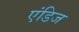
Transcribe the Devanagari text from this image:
एंडिज